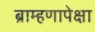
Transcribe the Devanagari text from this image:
ब्राम्हणापेक्षा